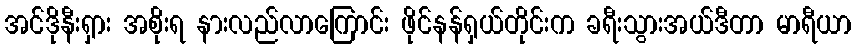
အင်ဒိုနီးရှား အစိုးရ နားလည်လာကြောင်း ဖိုင်နန်ရှယ်တိုင်းက ခရီးသွားအယ်ဒီတာ မာရီယာ